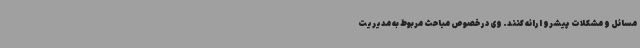
مسائل و مشکلات پیشرو ارائه کنند. وی در خصوص مباحث مربوط به مدیریت